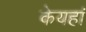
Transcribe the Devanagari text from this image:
केयहां